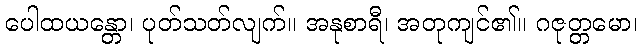
ပေါထယန္တော၊ ပုတ်သတ်လျက်။ အနုစာရီ၊ အတုကျင်၏။ ဂဇုတ္တမော၊